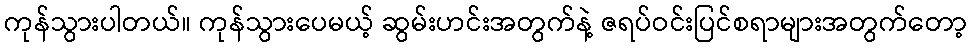
ကုန်သွားပါတယ်။ ကုန်သွားပေမယ့် ဆွမ်းဟင်းအတွက်နဲ့ ဇရပ်ဝင်းပြင်စရာများအတွက်တော့